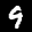
Label: 9